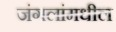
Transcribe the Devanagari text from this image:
जंगलांमधील